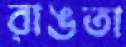
রাঙতা